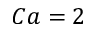
C a = 2